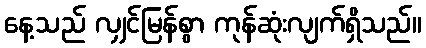
နေ့သည် လျှင်မြန်စွာ ကုန်ဆုံးလျက်ရှိသည်။